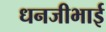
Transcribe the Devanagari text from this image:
धनजीभाई